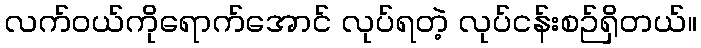
လက်ဝယ်ကိုရောက်အောင် လုပ်ရတဲ့ လုပ်ငန်းစဉ်ရှိတယ်။